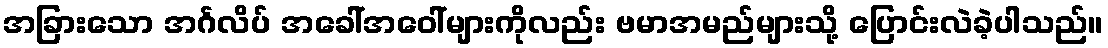
အခြားသော အင်္ဂလိပ် အခေါ်အဝေါ်များကိုလည်း ဗမာအမည်များသို့ ပြောင်းလဲခဲ့ပါသည်။